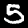
Label: 5